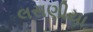
લસણીયા